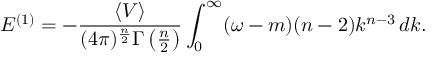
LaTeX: { \cal E } ^ { ( 1 ) } = - \frac { \langle V \rangle } { ( 4 \pi ) ^ { \frac { n } { 2 } } \Gamma \left( \frac { n } { 2 } \right) } \int _ { 0 } ^ { \infty } ( \omega - m ) ( n - 2 ) k ^ { n - 3 } \, d k .